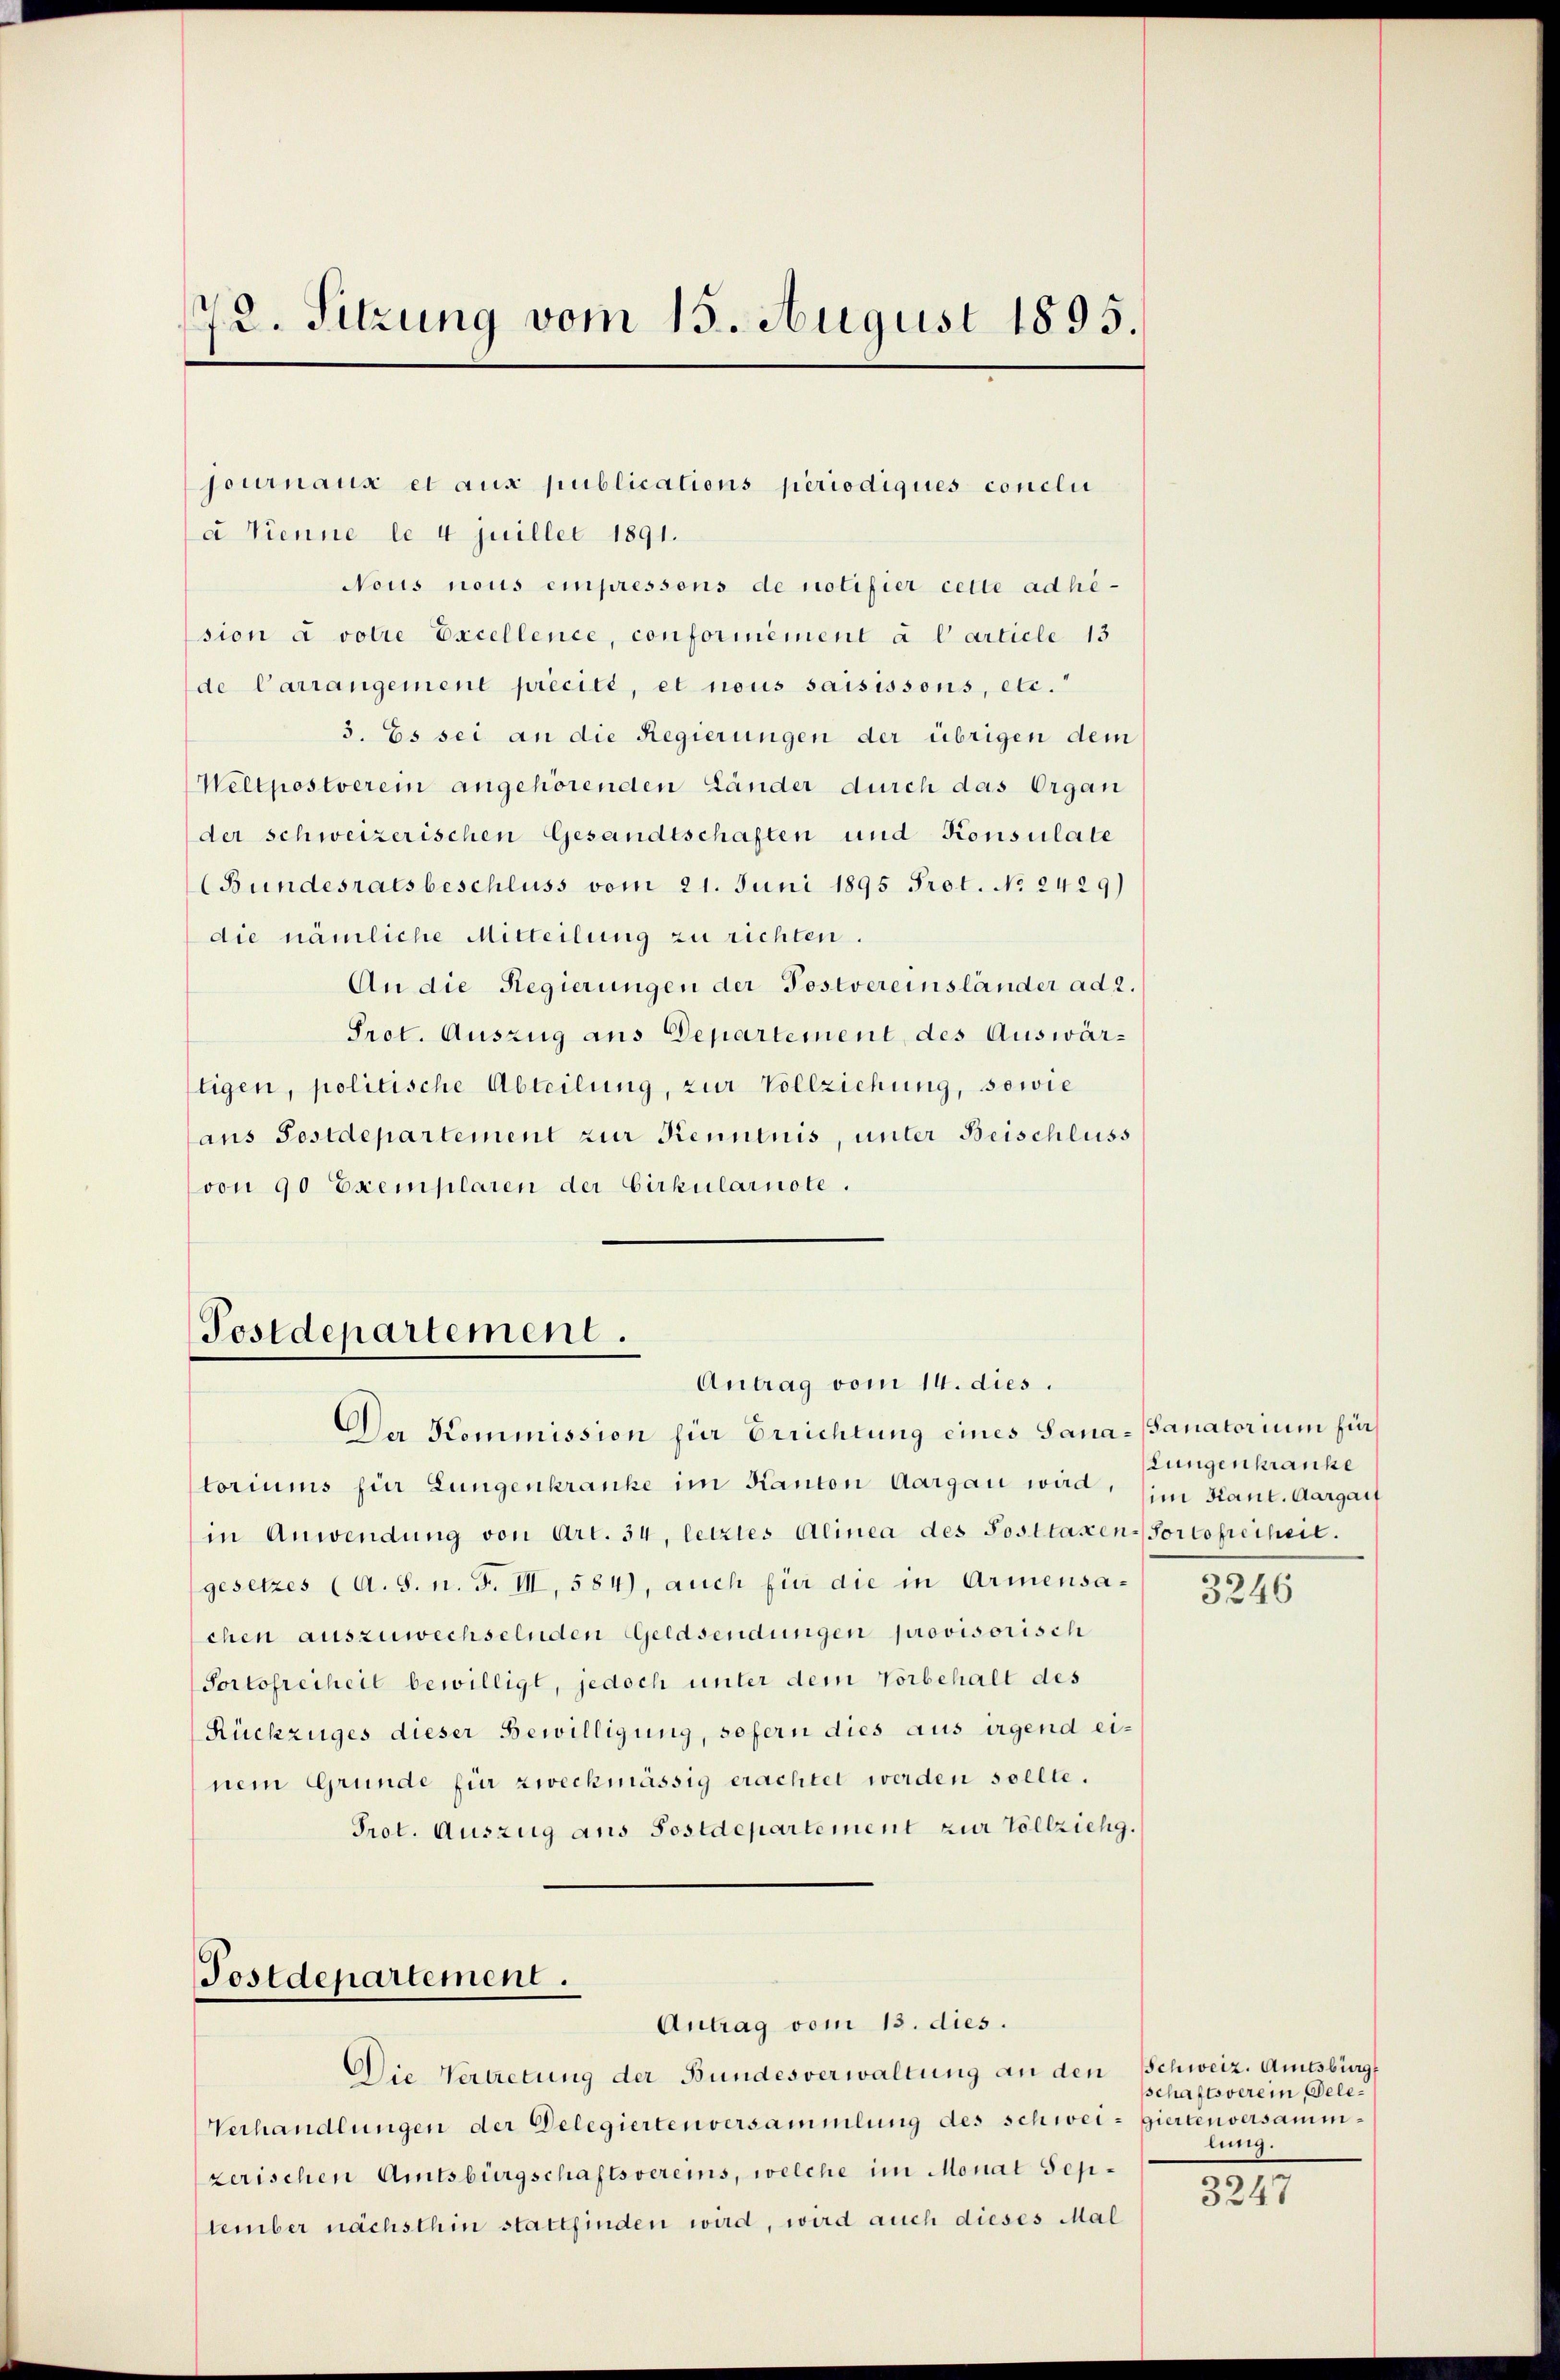
72. Sitzung vom 15. August 1895.

journaux et aux publications periodiques conclu
a Tienne le 4 juillet 1891.
Nous nous einpressens de notifier cette adhision à votie Excellence, conformément à l’article 13
de Carrangement precité, et nous saisissons, etc.“
3. Es sei an die Regierungen der übrigen dem
Weltpostverein angehörenden Länder durch das Organ
der schweizerischen Gesandtschaften und Konsulate
(Bundesratsbeschluss vom 21. Juni 1895 Prot. No 2429)
die nämliche Mitteilung zu richten.
An die Regierungen der Postvereinsländer ad 2.
Prot. Auszug aus Departement des Auswärtigen, politische Abteilung, zur Vollziehung, sowie
ans Postdepartement zur Kenntnis, unter Beischluss
von 90 Exemplaren der Cirkularnote.

Postdepartement.
Antrag vom 14. dies.

Da Kommission für Errichtung eines Sana-Sanatorium für
toriums für Lungenkranke im Kanton Aargau wird. (im Kant. Aargart
in Anwendung von Art. 34, letztes Alinea des Posttaxen-Portofreiheit.
gesetzes (A. S. n. F. III, 584), auch für die in Armensachen auszuwechselnden Geldsendungen provisorisch
Portofreiheit bewilligt, jedoch unter dem Vorbehalt des
Rückzuges dieser Bewilligung, sofern dies aus irgend einem Grunde für zweckmässig erachtet werden sollte.
Prot. Auszug aus Postdepartement zur Vollziehg.

Postdepartement.
Antrag vom 13. dies.

Die Vertretung der Bundesverwaltung an den Schweiz. Amtsbürg
Verhandlungen der Delegiertenversammlung des schwei- giertenversammzerischen Amtsbürgschaftsvereins, welche im Monat September nächsthin stattfinden wird, wird auch dieses Mal

Lungenkranke

3246

sschaftsverein, Delelung.

3247